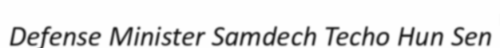
Defense Minister Samdech Techo Hun Sen